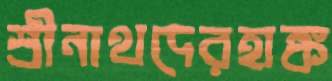
শ্রীনাথদেরহাঙ্ক